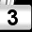
Digit: 3